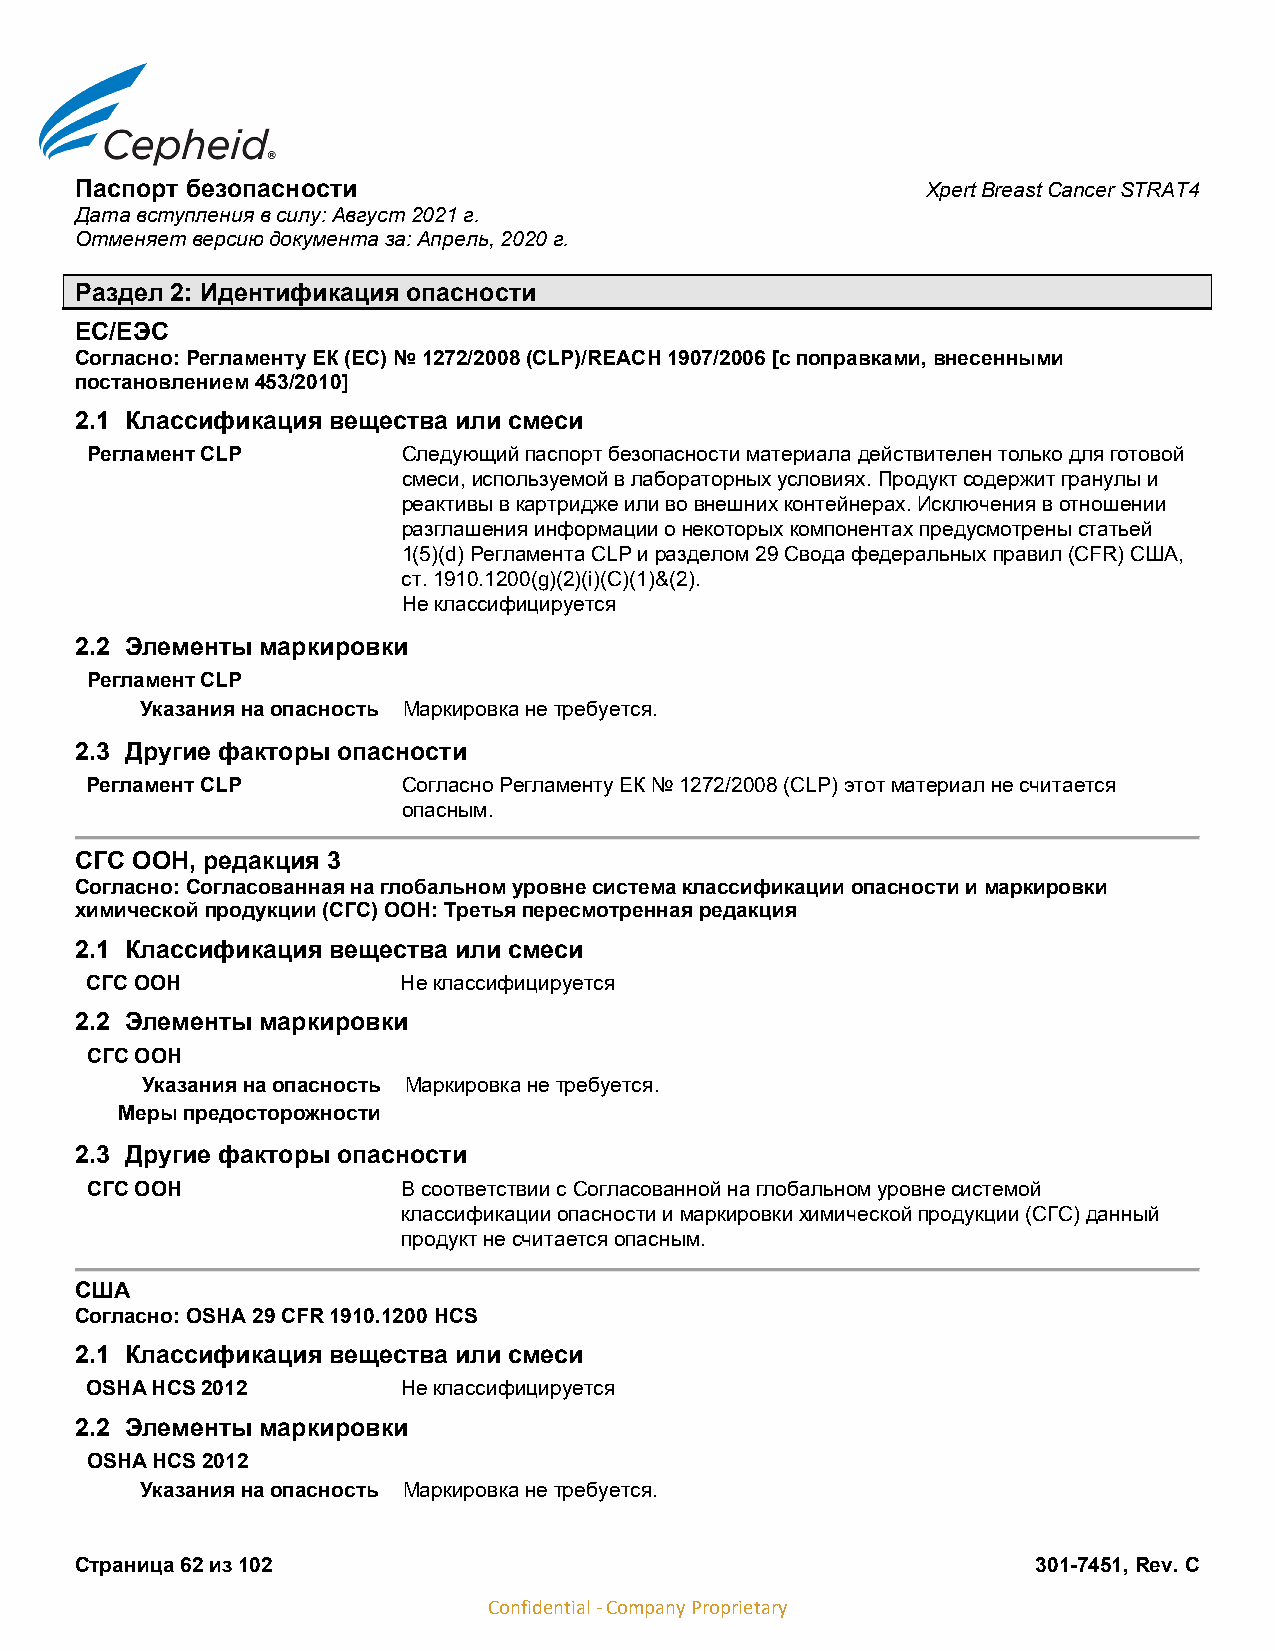
Паспорт безопасности                                    Xpert Breast Cancer STRAT4
 Дата вступления в силу: Август 2021 г.
 Отменяет версию документа за: Апрель, 2020 г.
 Раздел 2: Идентификация опасности
 ЕС/ЕЭС
 Согласно: Регламенту ЕК (EC) № 1272/2008 (CLP)/REACH 1907/2006 [с поправками, внесенными
 постановлением 453/2010]
 2.1 Классификация вещества или смеси
 Регламент CLP        Следующий паспорт безопасности материала действителен только для готовой
 смеси, используемой в лабораторных условиях. Продукт содержит гранулы и
 реактивы в картридже или во внешних контейнерах. Исключения в отношении
 разглашения информации о некоторых компонентах предусмотрены статьей
 1(5)(d) Регламента CLP и разделом 29 Свода федеральных правил (CFR) США,
 ст. 1910.1200(g)(2)(i)(C)(1)&(2).
 Не классифицируется
 2.2 Элементы маркировки
 Регламент CLP
 Указания на опасность Маркировка не требуется.
 2.3 Другие факторы опасности
 Регламент CLP        Согласно Регламенту ЕК № 1272/2008 (CLP) этот материал не считается
 опасным.
 СГС ООН, редакция 3
 Согласно: Согласованная на глобальном уровне система классификации опасности и маркировки
 химической продукции (СГС) ООН: Третья пересмотренная редакция
 2.1 Классификация вещества или смеси
 СГС ООН              Не классифицируется
 2.2 Элементы маркировки
 СГС ООН
 Указания на опасность Маркировка не требуется.
 Меры предосторожности
 2.3 Другие факторы опасности
 СГС ООН              В соответствии с Согласованной на глобальном уровне системой
 классификации опасности и маркировки химической продукции (СГС) данный
 продукт не считается опасным.
 США
 Согласно: OSHA 29 CFR 1910.1200 HCS
 2.1 Классификация вещества или смеси
 OSHA HCS 2012        Не классифицируется
 2.2 Элементы маркировки
 OSHA HCS 2012
 Указания на опасность Маркировка не требуется.
 Страница 62 из 102                                              301-7451, Rev. C
 Confidential - Company Proprietary